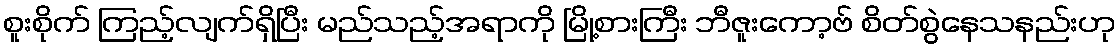
စူးစိုက် ကြည့်လျက်ရှိပြီး မည်သည့်အရာကို မြို့စားကြီး ဘီဇူးကော့ဗ် စိတ်စွဲနေသနည်းဟု